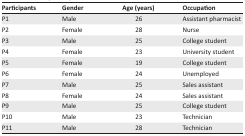
<table><thead><tr><td><b>Participants</b></td><td><b>Gender</b></td><td><b>Age (years)</b></td><td><b>Occupation</b></td></tr></thead><tbody><tr><td>P1</td><td>Male</td><td>26</td><td>Assistant pharmacist</td></tr><tr><td>P2</td><td>Female</td><td>28</td><td>Nurse</td></tr><tr><td>P3</td><td>Male</td><td>25</td><td>College student</td></tr><tr><td>P4</td><td>Female</td><td>23</td><td>University student</td></tr><tr><td>P5</td><td>Female</td><td>19</td><td>College student</td></tr><tr><td>P6</td><td>Female</td><td>24</td><td>Unemployed</td></tr><tr><td>P7</td><td>Male</td><td>25</td><td>Sales assistant</td></tr><tr><td>P8</td><td>Female</td><td>24</td><td>Sales assistant</td></tr><tr><td>P9</td><td>Male</td><td>25</td><td>College student</td></tr><tr><td>P10</td><td>Male</td><td>23</td><td>Technician</td></tr><tr><td>P11</td><td>Male</td><td>28</td><td>Technician</td></tr></tbody></table>